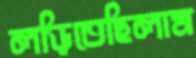
লড়িতেছিলাম